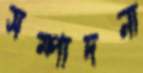
সম্পাদনা